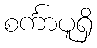
စင်္ကာပူရှိ